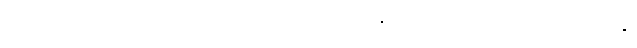
အဟိရိကဘာဝံ၊ အရှက်အကြောက်ကင်းသော အဖြစ်ကို။ ပါတုကရောန္တိ၊